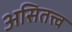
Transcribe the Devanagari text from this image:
असितत्त्व